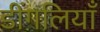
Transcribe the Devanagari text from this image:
डींगलियाँ